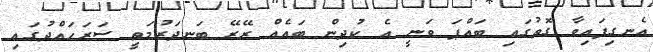
އެނގިފައިވާ ގޮތުގައި ބައްޕަ ވަނީ އެ ކުދިން ބައެއް ރޭރޭ ބަނދަރުމަތީ ސަރަހައްދުގައި